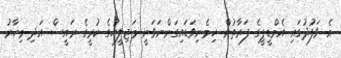
އެ ވަފުދުގައި އެމްޑީޕީގެ ފަރާތުން ހިމެނިވަޑައިގަންނަވަނީ މަޖިލީހުގެ ކުރީގެ ރައީސް އަދި މިހާރު